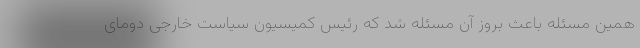
همین مسئله باعث بروز آن مسئله شد که رئیس کمیسیون سیاست خارجی دومای